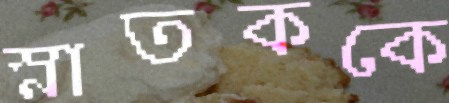
স্নাতককে